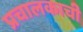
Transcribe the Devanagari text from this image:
प्रचालकाची